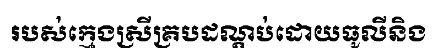
របស់ក្មេងស្រីគ្របដណ្តប់ដោយធូលីនិង